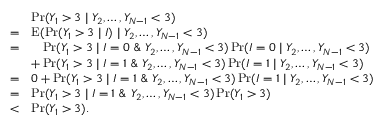
\begin{array} { r l } & { \operatorname* { P r } ( Y _ { 1 } > 3 \mid Y _ { 2 } , \ldots , Y _ { N - 1 } < 3 ) } \\ { = } & { \operatorname E ( \operatorname* { P r } ( Y _ { 1 } > 3 \mid I ) \mid Y _ { 2 } , \ldots , Y _ { N - 1 } < 3 ) } \\ { = } & { \phantom { + } \operatorname* { P r } ( Y _ { 1 } > 3 \mid I = 0 \ \& \ Y _ { 2 } , \ldots , Y _ { N - 1 } < 3 ) \operatorname* { P r } ( I = 0 \mid Y _ { 2 } , \ldots , Y _ { N - 1 } < 3 ) } \\ & { + \operatorname* { P r } ( Y _ { 1 } > 3 \mid I = 1 \ \& \ Y _ { 2 } , \ldots , Y _ { N - 1 } < 3 ) \operatorname* { P r } ( I = 1 \mid Y _ { 2 } , \ldots , Y _ { N - 1 } < 3 ) } \\ { = } & { 0 + \operatorname* { P r } ( Y _ { 1 } > 3 \mid I = 1 \ \& \ Y _ { 2 } , \ldots , Y _ { N - 1 } < 3 ) \operatorname* { P r } ( I = 1 \mid Y _ { 2 } , \ldots , Y _ { N - 1 } < 3 ) } \\ { = } & { \operatorname* { P r } ( Y _ { 1 } > 3 \mid I = 1 \ \& \ Y _ { 2 } , \ldots , Y _ { N - 1 } < 3 ) \operatorname* { P r } ( Y _ { 1 } > 3 ) } \\ { < } & { \operatorname* { P r } ( Y _ { 1 } > 3 ) . } \end{array}